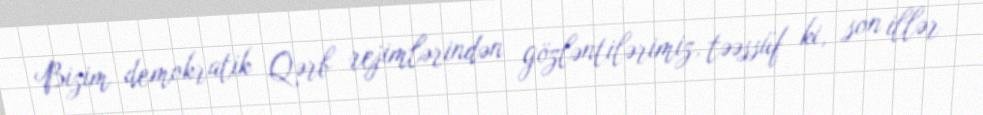
Bizim demokratik Qərb rejimlərindən gözləntilərimiz, təəssüf ki, son illər